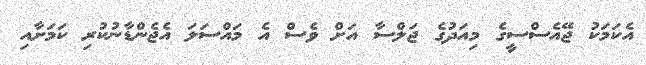
އެކަމަކު ޖޭއެސްސީގެ މިއަދުގެ ޖަލްސާ އަށް ވެސް އެ މައްސަލަ އެޖެންޑާނުކުރި ކަމަށާއި